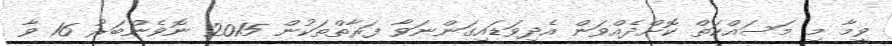
ވީމާ މި މަސައްކަތް ކޮށްދެއްވަން އެދިވަޑައިގަންނަވާ ފަރާތްތަކުން 2015 ނޮވެންބަރު 16 ވާ